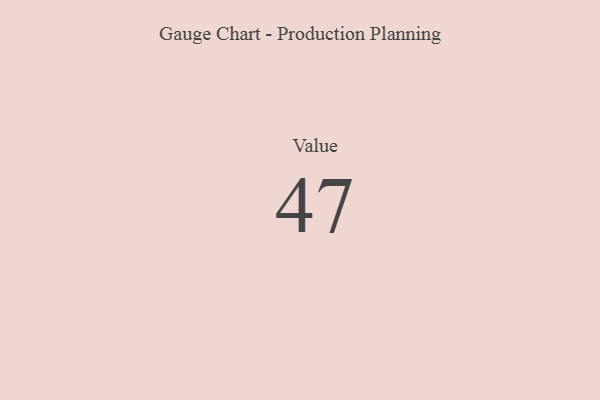
{"axis": {"x": "Metric", "y": "Value"}, "legend": [""], "data": [{"x": "Value", "y": 47, "type": ""}]}